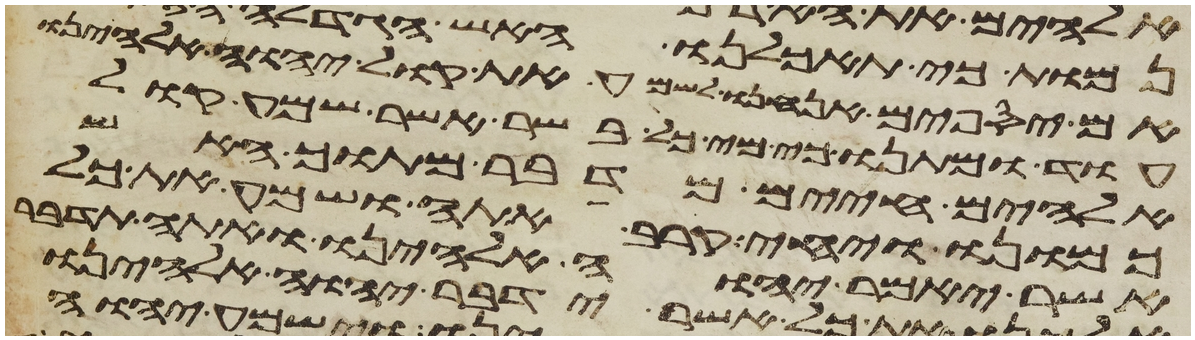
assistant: אם יספים אנחנו לשמע את קול יהוה אלהינו
עוד ומתנו כי מי כל בשר אשר שמע קול
אלהים חיים מדבר מתוך האש
כמונו ויחי קרב אתה ושמע את כל
אשר יאמר יהוה אלהינו ואתה תדבר